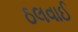
ઠલવાઈ